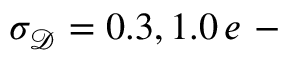
\sigma _ { \mathscr D } = 0 . 3 , 1 . 0 \, e \mathrm { ~ - ~ }